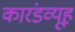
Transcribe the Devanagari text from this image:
कारंडव्यूह